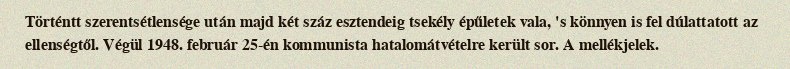
Történtt szerentsétlensége után majd két száz esztendeig tsekély épűletek vala, 's könnyen is fel dúlattatott az ellenségtől. Végül 1948. február 25-én kommunista hatalomátvételre került sor. A mellékjelek.